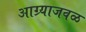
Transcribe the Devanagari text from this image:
आग्र्याजवळ